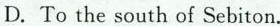
D. To the south of Sebiton.